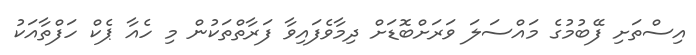
އިސްތަށި ފޭބުމުގެ މައްސަލަ ވަރަށްބޮޑަށް ދިމާވެފައިވާ ފަރާތްތަކުން މި ހެއާ ޕެކް ހަފްތާއަކު